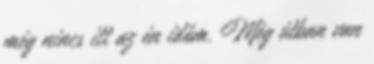
még nincs itt az én időm. Még útban van